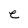
Character: e